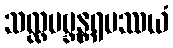
သလ္လမဗ္ဘန္တရပဿယံ